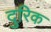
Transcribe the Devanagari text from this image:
दुरिक